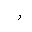
Letter: _ra